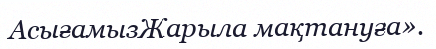
АсығамызЖарыла мақтануға».